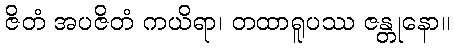
ဇိတံ အပဇိတံ ကယိရာ၊ တထာရူပဿ ဇန္တုနော။